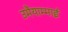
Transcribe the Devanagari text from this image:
उमैयाम्माई